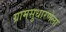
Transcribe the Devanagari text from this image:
ग्रामसुधारणेला